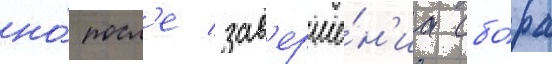
но́ посл'е зав'ерше́н'иа сбо́ра